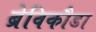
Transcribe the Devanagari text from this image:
ब्रेविकौडा